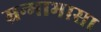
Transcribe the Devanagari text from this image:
म्रन्माभासा